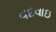
વદવાઇ